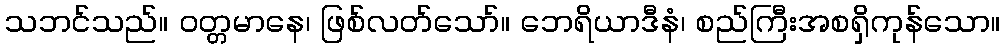
သဘင်သည်။ ဝတ္တမာနေ၊ ဖြစ်လတ်သော်။ ဘေရိယာဒီနံ၊ စည်ကြီးအစရှိကုန်သော။